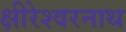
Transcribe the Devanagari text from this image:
क्षीरेश्वरनाथ